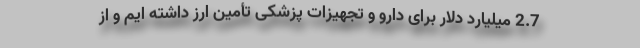
2.7 میلیارد دلار برای دارو و تجهیزات پزشکی تأمین ارز داشته ایم و از